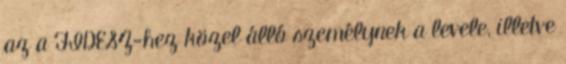
az a FIDESZ-hez közel álló személynek a levele, illetve